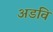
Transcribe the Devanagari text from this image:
अडवि